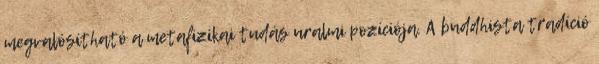
megvalósítható a metafizikai tudás uralmi pozíciója. A buddhista tradíció